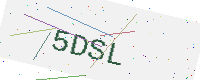
Text: 5DSL